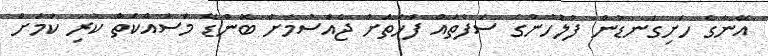
އޭނާގެ ހަށިގަނޑުން ފުލުހުންގެ ސަފުތައް ފަހަތަށް ޖެއްސުމަށް ބޮންޑޭ މަސައްކަތް ކުރި ކަމަށް